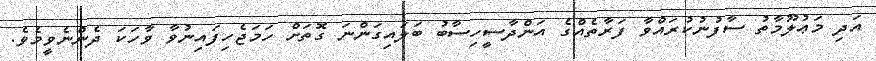
އަދި މަޢުލޫމާތު ސާފުނުކުރައްވާ ފަރާތެއްގެ އަންދާސީހިސާބު ބަލައިގަންނަ ގޮތަށް ހަމަޖެހިފައިނުވާ ވާހަކަ ދެންނެވީމެވެ.